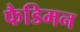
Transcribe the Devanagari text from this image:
फैडिमन